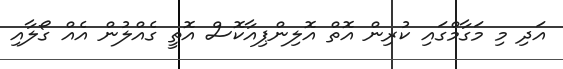
އަދި މި މަގާމްގައި ކުރިން އޮތް އޮލިންޕިއާކޮސް އޮތީ ގެއްލުން އެއް ގޯލާއި